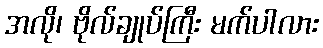
အလို၊ ဗိုလ်ချုပ်ကြီး မက်ပါလား